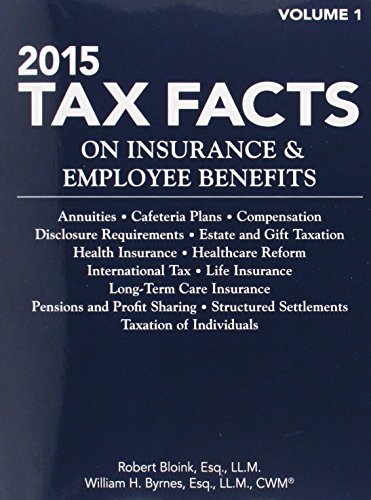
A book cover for Tax Facts on Insurance & Employee Benefits 2015: Annuities, Cafeteria Plans, Compensation, Disclosure Requirements, Estate and Gift Taxation, Health ... Facts on Insurance and Employee Benefits); Robert Bloink; Business & Money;